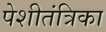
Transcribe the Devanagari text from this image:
पेशीतंत्रिका